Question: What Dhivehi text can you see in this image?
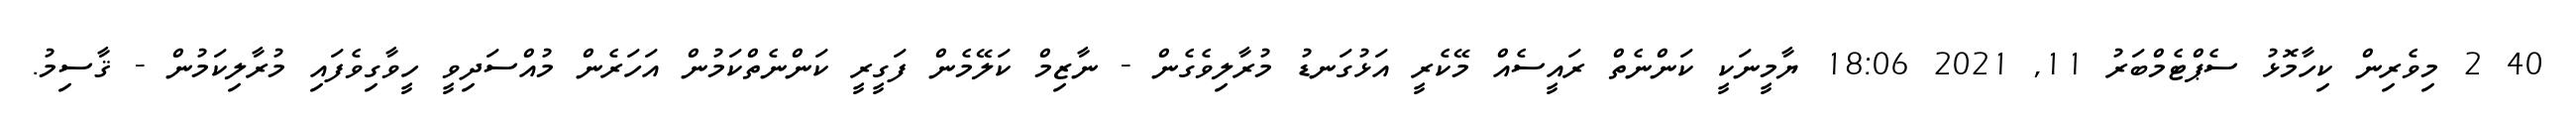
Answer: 40 2 މިވެރިން ކިހާމޮޅު ސެޕްޓެމްބަރު 11, 2021 18:06 ޔާމީނަކީ ކަންނެތް ރައީސެއް މޭކެރީ އަޅުގަނޑު މުރާލިވެގެން - ނާޒިމް ކަލޭމެން ފަގީރީ ކަންނެތްކަމުން އަހަރެން މުއްސަދިވީ ހީވާގިވެފައި މުރާލިކަމުން - ޤާސިމު.